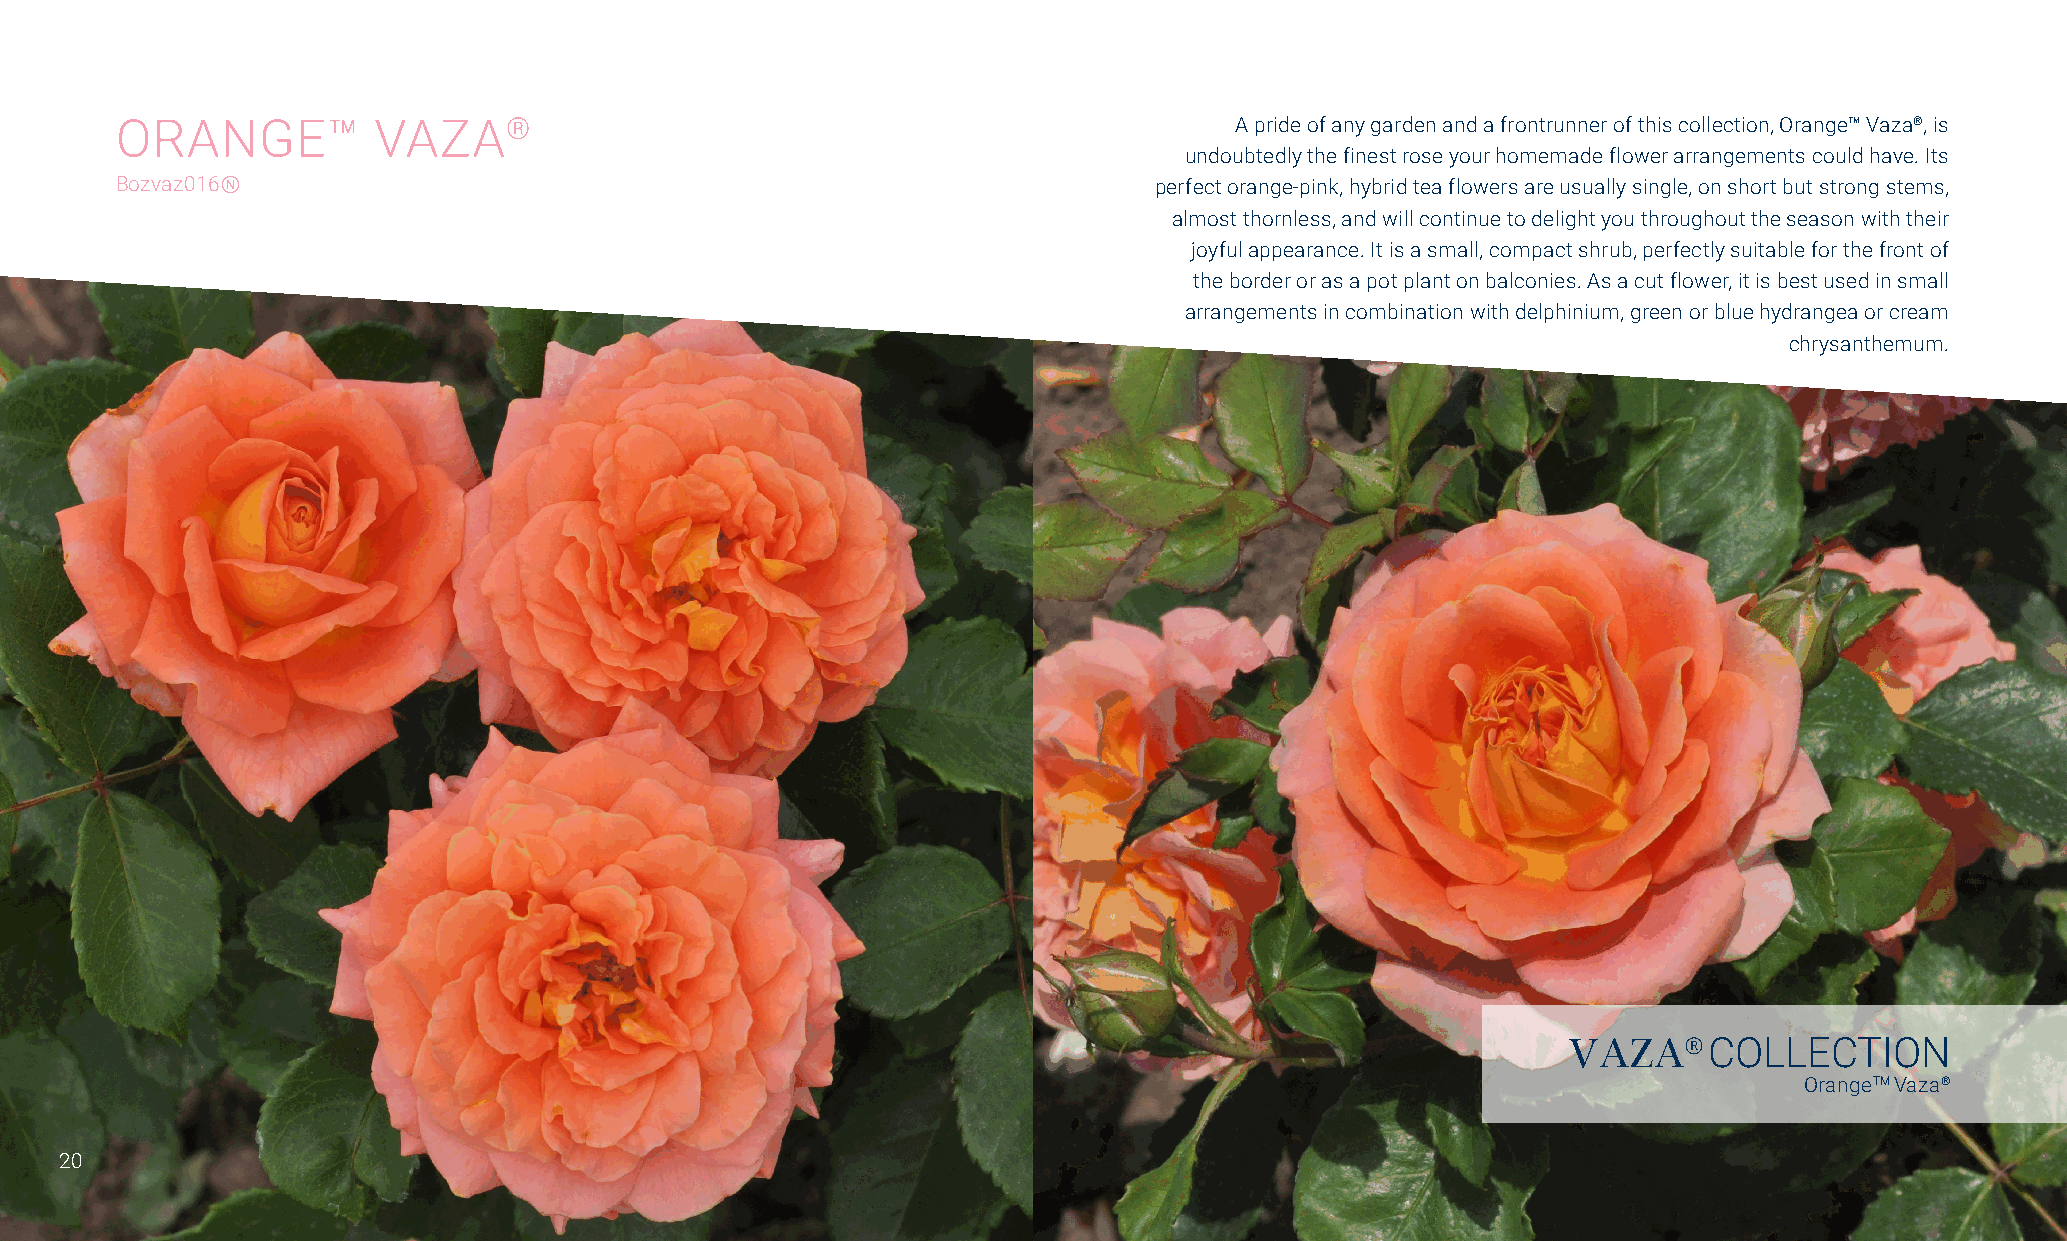
ORANGE™          VAZA®                                                    A pride of any garden and a frontrunner of this collection, Orange™ Vaza®, is
 undoubtedly the finest rose your homemade flower arrangements could have. Its
 Bozvaz016Ⓝ                                                          perfect orange-pink, hybrid tea flowers are usually single, on short but strong stems,
 almost thornless, and will continue to delight you throughout the season with their
 joyful appearance. It is a small, compact shrub, perfectly suitable for the front of
 the border or as a pot plant on balconies. As a cut flower, it is best used in small
 arrangements in combination with delphinium, green or blue hydrangea or cream
 chrysanthemum.
 VAZA®    COLLECTION
 OrangeTM Vaza®
 20